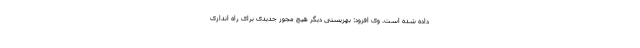
داده شده است. وی افزود: بهزیستی دیگر هیچ مجوز جدیدی برای راه اندازی